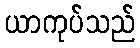
ယာကုပ်သည်